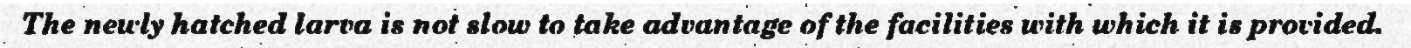
The newly hatched larva is not slow to take advantage of the facilities with which it is provided.